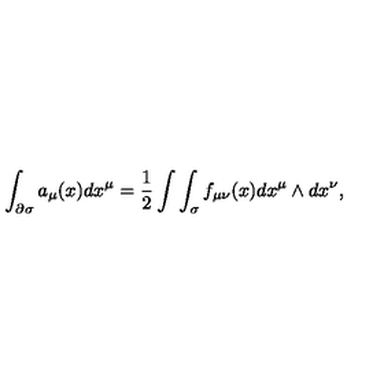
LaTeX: \int _ { \partial \sigma } a _ { \mu } ( x ) d x ^ { \mu } = \frac { 1 } { 2 } \int \int _ { \sigma } f _ { \mu \nu } ( x ) d x ^ { \mu } \wedge d x ^ { \nu } ,